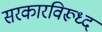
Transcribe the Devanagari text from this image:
सरकारविरूध्द